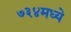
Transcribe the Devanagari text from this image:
७३४मध्ये